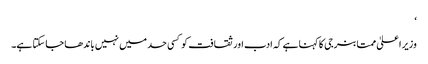
‘
وزیر اعلیٰ ممتا بنرجی کا کہنا ہے کہ ادب اور ثقافت کو کسی حد میں نہیں باندھا جا سکتا ہے۔